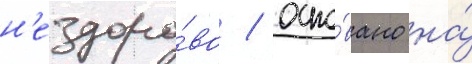
н'ездоро́во / осно́вано на́